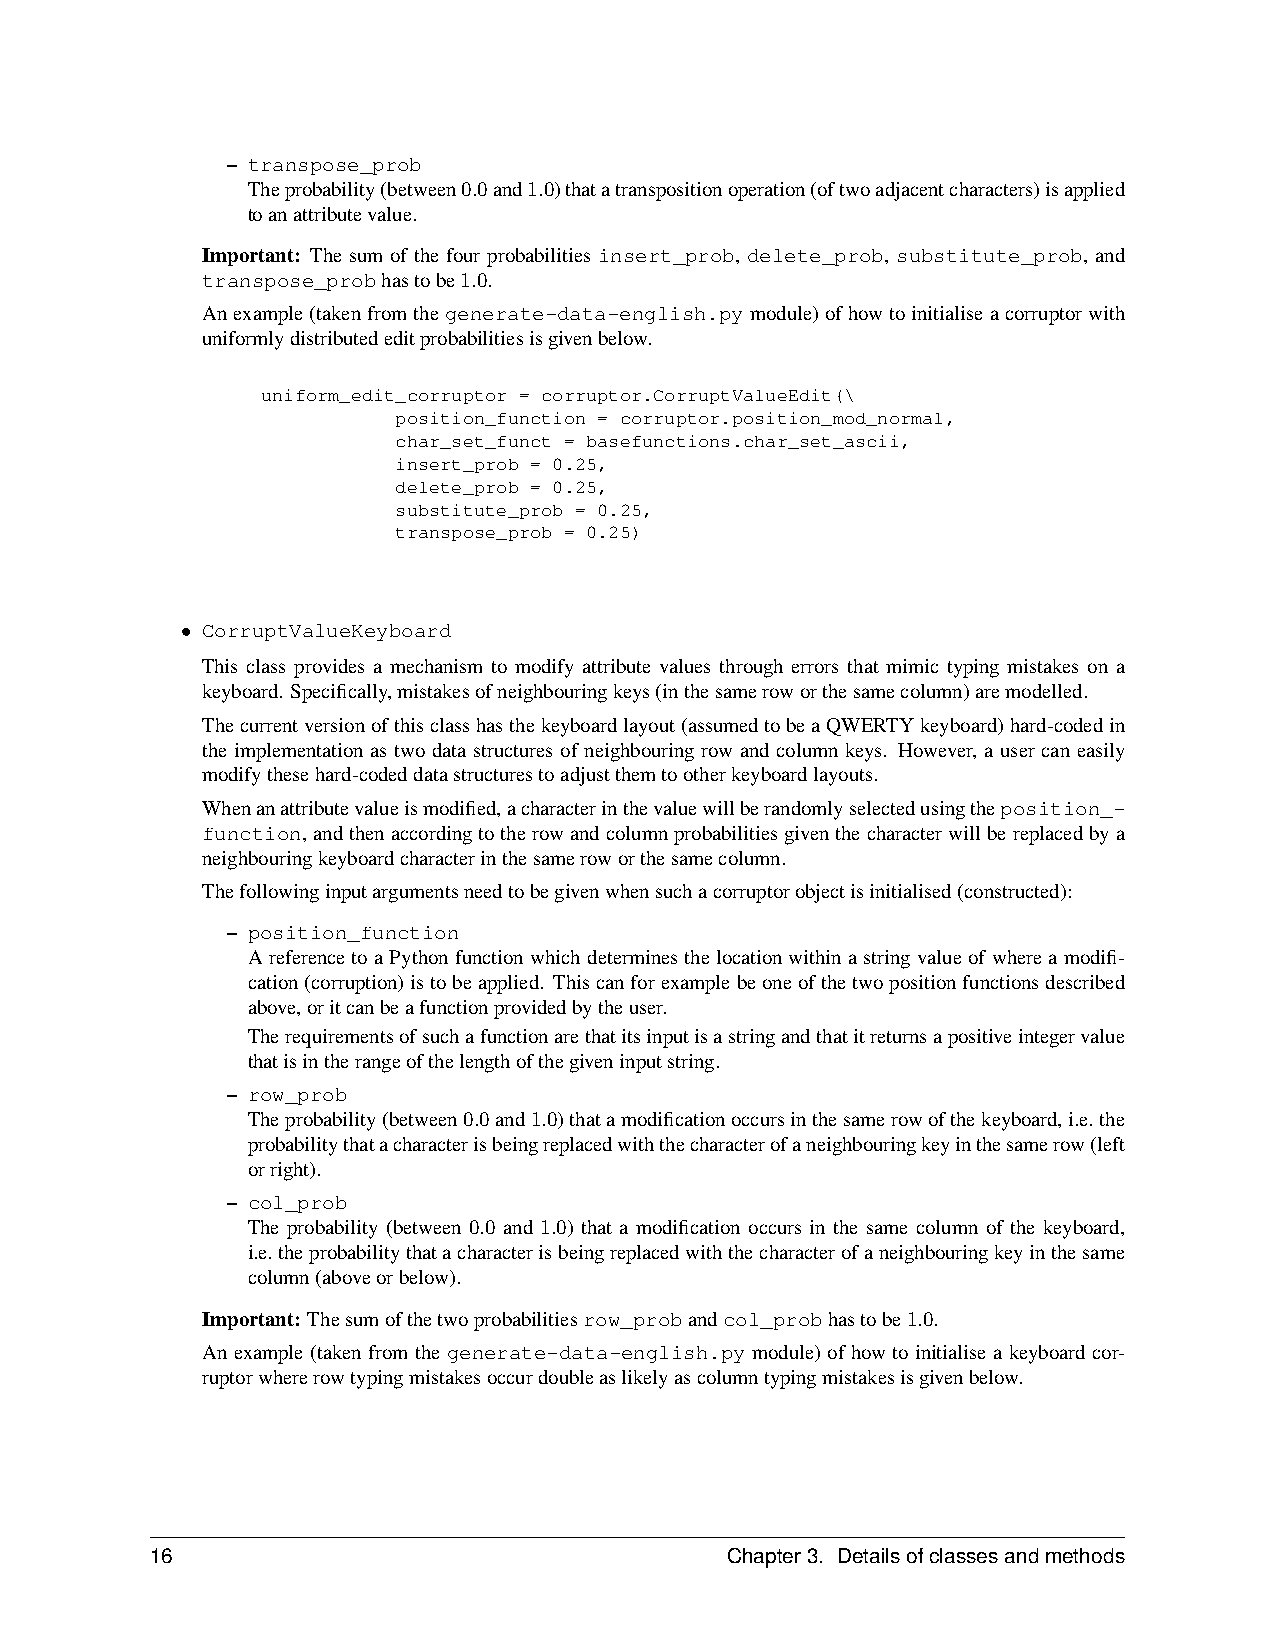
– transpose_prob
 Theprobability(between0.0and1.0)thatatranspositionoperation(oftwoadjacentcharacters)isapplied
 toanattributevalue.
 Important: The sum of the four probabilities insert_prob, delete_prob, substitute_prob, and
 transpose_probhastobe1.0.
 Anexample(takenfromthegenerate-data-english.pymodule)ofhowtoinitialiseacorruptorwith
 uniformlydistributededitprobabilitiesisgivenbelow.
 uniform_edit_corruptor = corruptor.CorruptValueEdit(\
 position_function = corruptor.position_mod_normal,
 char_set_funct = basefunctions.char_set_ascii,
 insert_prob = 0.25,
 delete_prob = 0.25,
 substitute_prob = 0.25,
 transpose_prob = 0.25)
 • CorruptValueKeyboard
 This class provides a mechanism to modify attribute values through errors that mimic typing mistakes on a
 keyboard. Specifically,mistakesofneighbouringkeys(inthesameroworthesamecolumn)aremodelled.
 Thecurrentversionofthisclasshasthekeyboardlayout(assumedtobeaQWERTYkeyboard)hard-codedin
 the implementation as two data structures of neighbouring row and column keys. However, a user can easily
 modifythesehard-codeddatastructurestoadjustthemtootherkeyboardlayouts.
 Whenanattributevalueismodified,acharacterinthevaluewillberandomlyselectedusingtheposition_-
 function,andthenaccordingtotherowandcolumnprobabilitiesgiventhecharacterwillbereplacedbya
 neighbouringkeyboardcharacterinthesameroworthesamecolumn.
 Thefollowinginputargumentsneedtobegivenwhensuchacorruptorobjectisinitialised(constructed):
 – position_function
 AreferencetoaPythonfunctionwhichdeterminesthelocationwithinastringvalueofwhereamodifi-
 cation(corruption)istobeapplied. Thiscanforexamplebeoneofthetwopositionfunctionsdescribed
 above,oritcanbeafunctionprovidedbytheuser.
 Therequirementsofsuchafunctionarethatitsinputisastringandthatitreturnsapositiveintegervalue
 thatisintherangeofthelengthofthegiveninputstring.
 – row_prob
 Theprobability(between0.0and1.0)thatamodificationoccursinthesamerowofthekeyboard,i.e.the
 probabilitythatacharacterisbeingreplacedwiththecharacterofaneighbouringkeyinthesamerow(left
 orright).
 – col_prob
 The probability (between 0.0 and 1.0) that a modification occurs in the same column of the keyboard,
 i.e.theprobabilitythatacharacterisbeingreplacedwiththecharacterofaneighbouringkeyinthesame
 column(aboveorbelow).
 Important: Thesumofthetwoprobabilitiesrow_probandcol_probhastobe1.0.
 An example (taken from the generate-data-english.py module) of how to initialise a keyboard cor-
 ruptorwhererowtypingmistakesoccurdoubleaslikelyascolumntypingmistakesisgivenbelow.
 16                                    Chapter3. Detailsofclassesandmethods